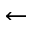
\leftarrow